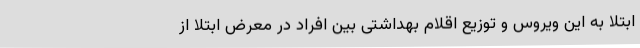
ابتلا به این ویروس و توزیع اقلام بهداشتی بین افراد در معرض ابتلا از